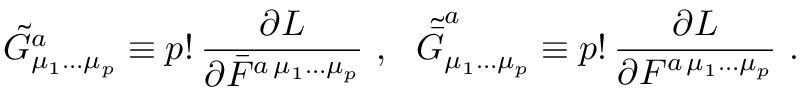
\tilde { G } _ { \mu _ { 1 } \ldots \mu _ { p } } ^ { a } \equiv p ! \, \frac { \partial L } { \partial \bar { F } ^ { a \, \mu _ { 1 } \ldots \mu _ { p } } } ~ , ~ ~ \tilde { \bar { G } } _ { \mu _ { 1 } \ldots \mu _ { p } } ^ { a } \equiv p ! \, \frac { \partial L } { \partial F ^ { a \, \mu _ { 1 } \ldots \mu _ { p } } } ~ .